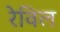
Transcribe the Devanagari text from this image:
रेविल